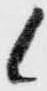
候